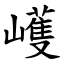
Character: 㠛